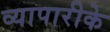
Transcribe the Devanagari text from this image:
व्‍यापारीके